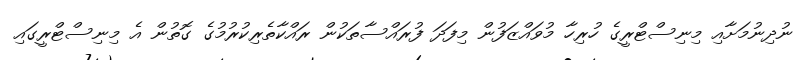
ނުދިނުމަށާއި މިިނިސްޓްރީގެ ހުރިހާ މުވައްޒަފުން މިފަދަ ފުރައްސާތަކުން ރައްކާތެރިކުރުމުގެ ގޮތުން އެ މިނިސްޓްރީގައި